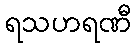
ရသဟရဏီ